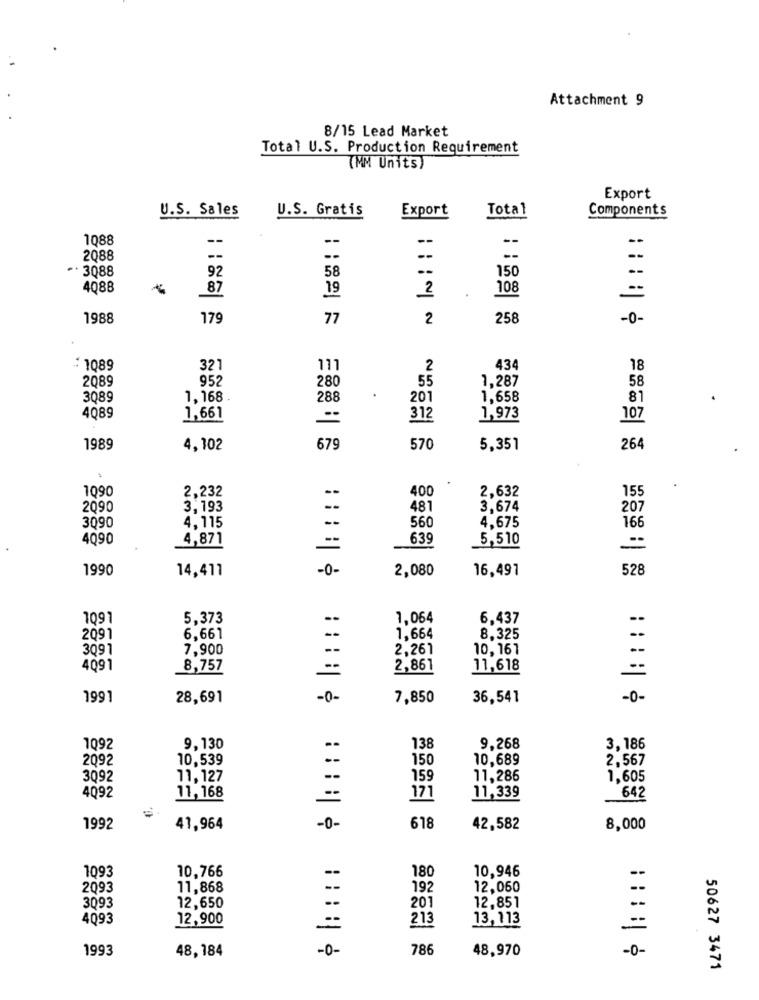
Attachment 9
8/15 Lead Market
Total U.S. Production Requirement
(MM Units)
Export
U.S. Sales
U.S. Gratis
Export
Total
Components
1088
--
--
2088
--
--
--
. 3088
58
150
.-
92
4088
87
19
2
108
1988
179
77
2
258
-0-
: 1089
321
111
434
18
2089
952
55
1,287
280
58
3089
1,168 .
288
201
1,658
81
4089
1,661
--
312
1,973
107
1989
4,102
679
570
5,351
26
.
1090
2,232
--
400
2,632
155
2090
3,193
481
3,674
207
4.675
3090
4,115
560
166
4090
4,871
639
5,510
1990
14,411
-0-
2,080
16,491
52
1091
5,373
1,064
6,437
2091
6,661
1,664
8,325
3091
7,900
--
2,261
10,161
4091
8,757
--
2,861
11,618
1991
28,691
-0-
7,850
36,541
-0-
1092
9,130
138
9.268
3,186
2092
10,539
150
10,689
2,567
3092
11,127
159
11,286
1,605
=
11,339
4092
11, 168
171
642
1992
41,964
-0-
618
42,582
8,000
10,766
10,946
1093
--
180
2093
11,868
192
12,060
--
3093
12,650
--
20
12,851
--
4093
12,900
213
13,113
1993
48,184
-0-
786
48,970
-0-
50627 3471